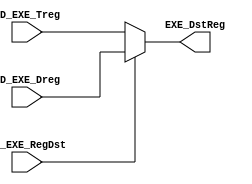
module FPDstRegMUX (EXE_DstReg, ID_EXE_Treg, ID_EXE_Dreg, ID_EXE_RegDst);

// input 
	input [4:0] ID_EXE_Dreg, ID_EXE_Treg;
	input ID_EXE_RegDst;
	
// output
	output reg [4:0] EXE_DstReg;
	
	always @(*)
		begin
			if(ID_EXE_RegDst == 0)
				EXE_DstReg <= ID_EXE_Treg;
			else 
				EXE_DstReg <= ID_EXE_Dreg;
		end
		
endmodule